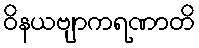
ဝိနယဗျာကရဏာတိ